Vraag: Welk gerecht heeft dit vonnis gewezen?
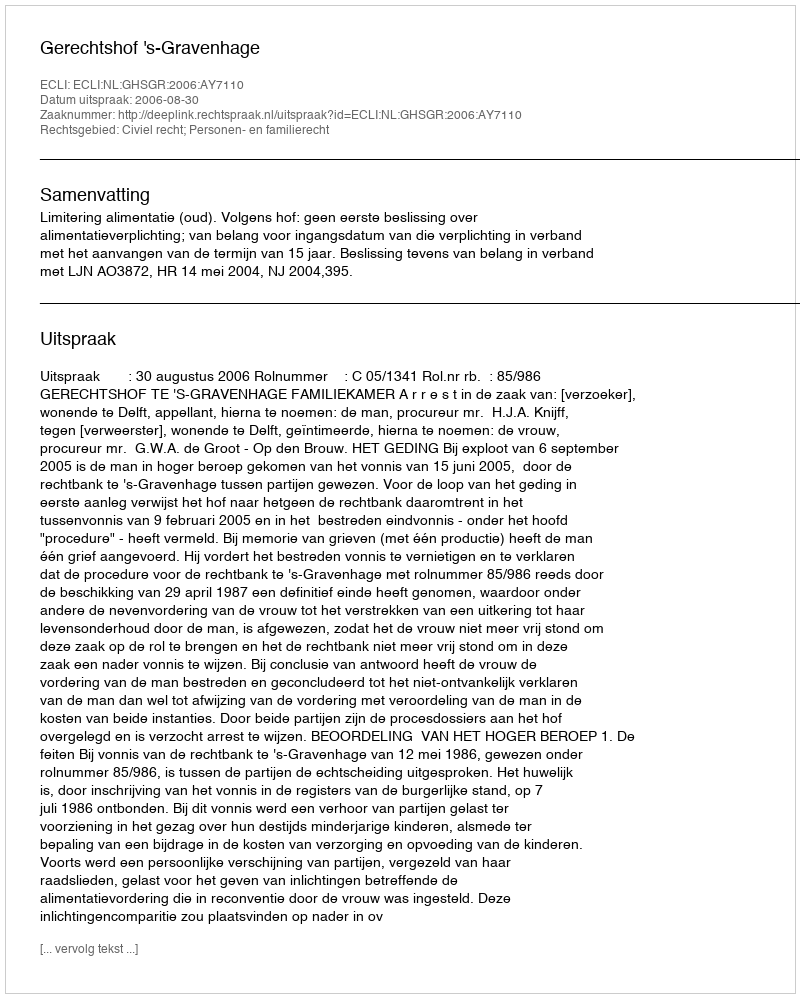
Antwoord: Gerechtshof 's-Gravenhage